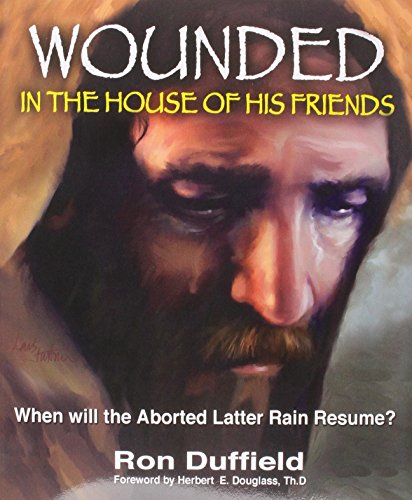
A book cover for Wounded in the House of His Friends: When will the Aborted Latter Rain Resume?; Ron Duffield; Christian Books & Bibles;